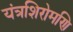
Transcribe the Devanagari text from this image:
यंत्रशिरोमणि